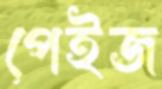
পেইজ